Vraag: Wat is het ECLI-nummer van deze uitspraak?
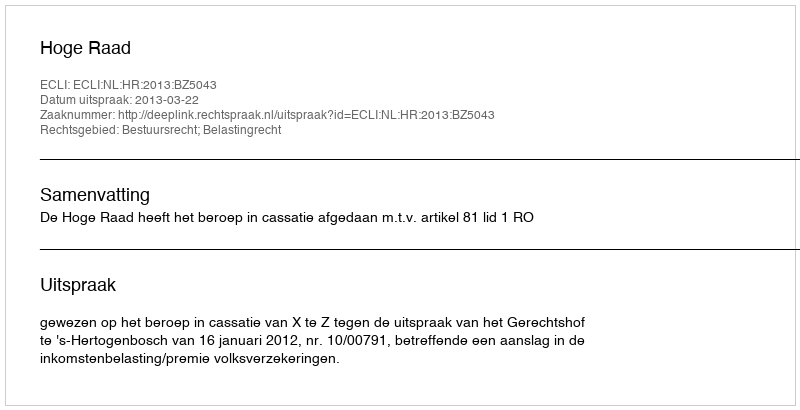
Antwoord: ECLI:NL:HR:2013:BZ5043